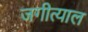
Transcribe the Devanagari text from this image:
जगीत्याल